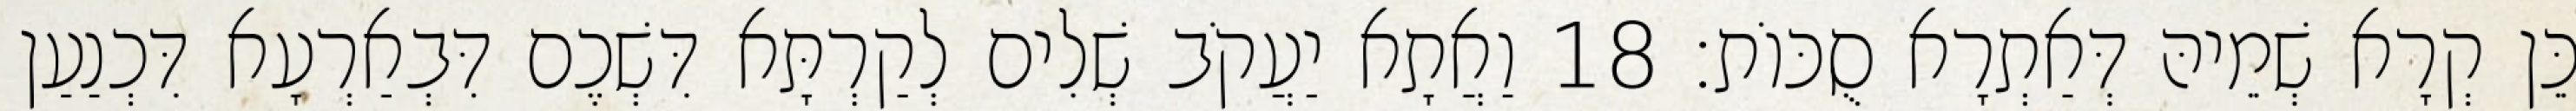
כֵּן קְרָא שְׁמֵיהּ דְּאַתְרָא סֻכּוֹת׃ 18 וַאֲתָא יַעֲקֹב שְׁלִים לְקַרְתָּא דִּשְׁכֶם דִּבְאַרְעָא דִּכְנַעַן